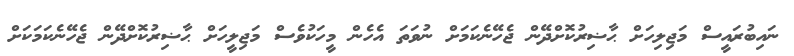
ނައިބުރައީސް މަޖިލިހަށް ޙާޟިރުކޮށްދޭން ޖެހޭނެކަމަށް ނުވަތަ އެހެން މީހަކުވެސް މަޖިލީހަށް ޙާޟިރުކޮށްދޭން ޖެހޭނެކަމަކަށް